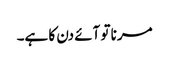
مرنا تو آئے دن کا ہے۔